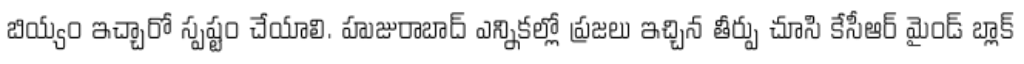
బియ్యం ఇచ్చారో స్పష్టం చేయాలి. హుజురాబాద్ ఎన్నికల్లో ప్రజలు ఇచ్చిన తీర్పు చూసి కేసీఆర్ మైండ్ బ్లాక్